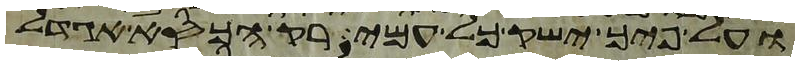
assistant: ועל פיך ישק כל עמי רק הכסא אגדל